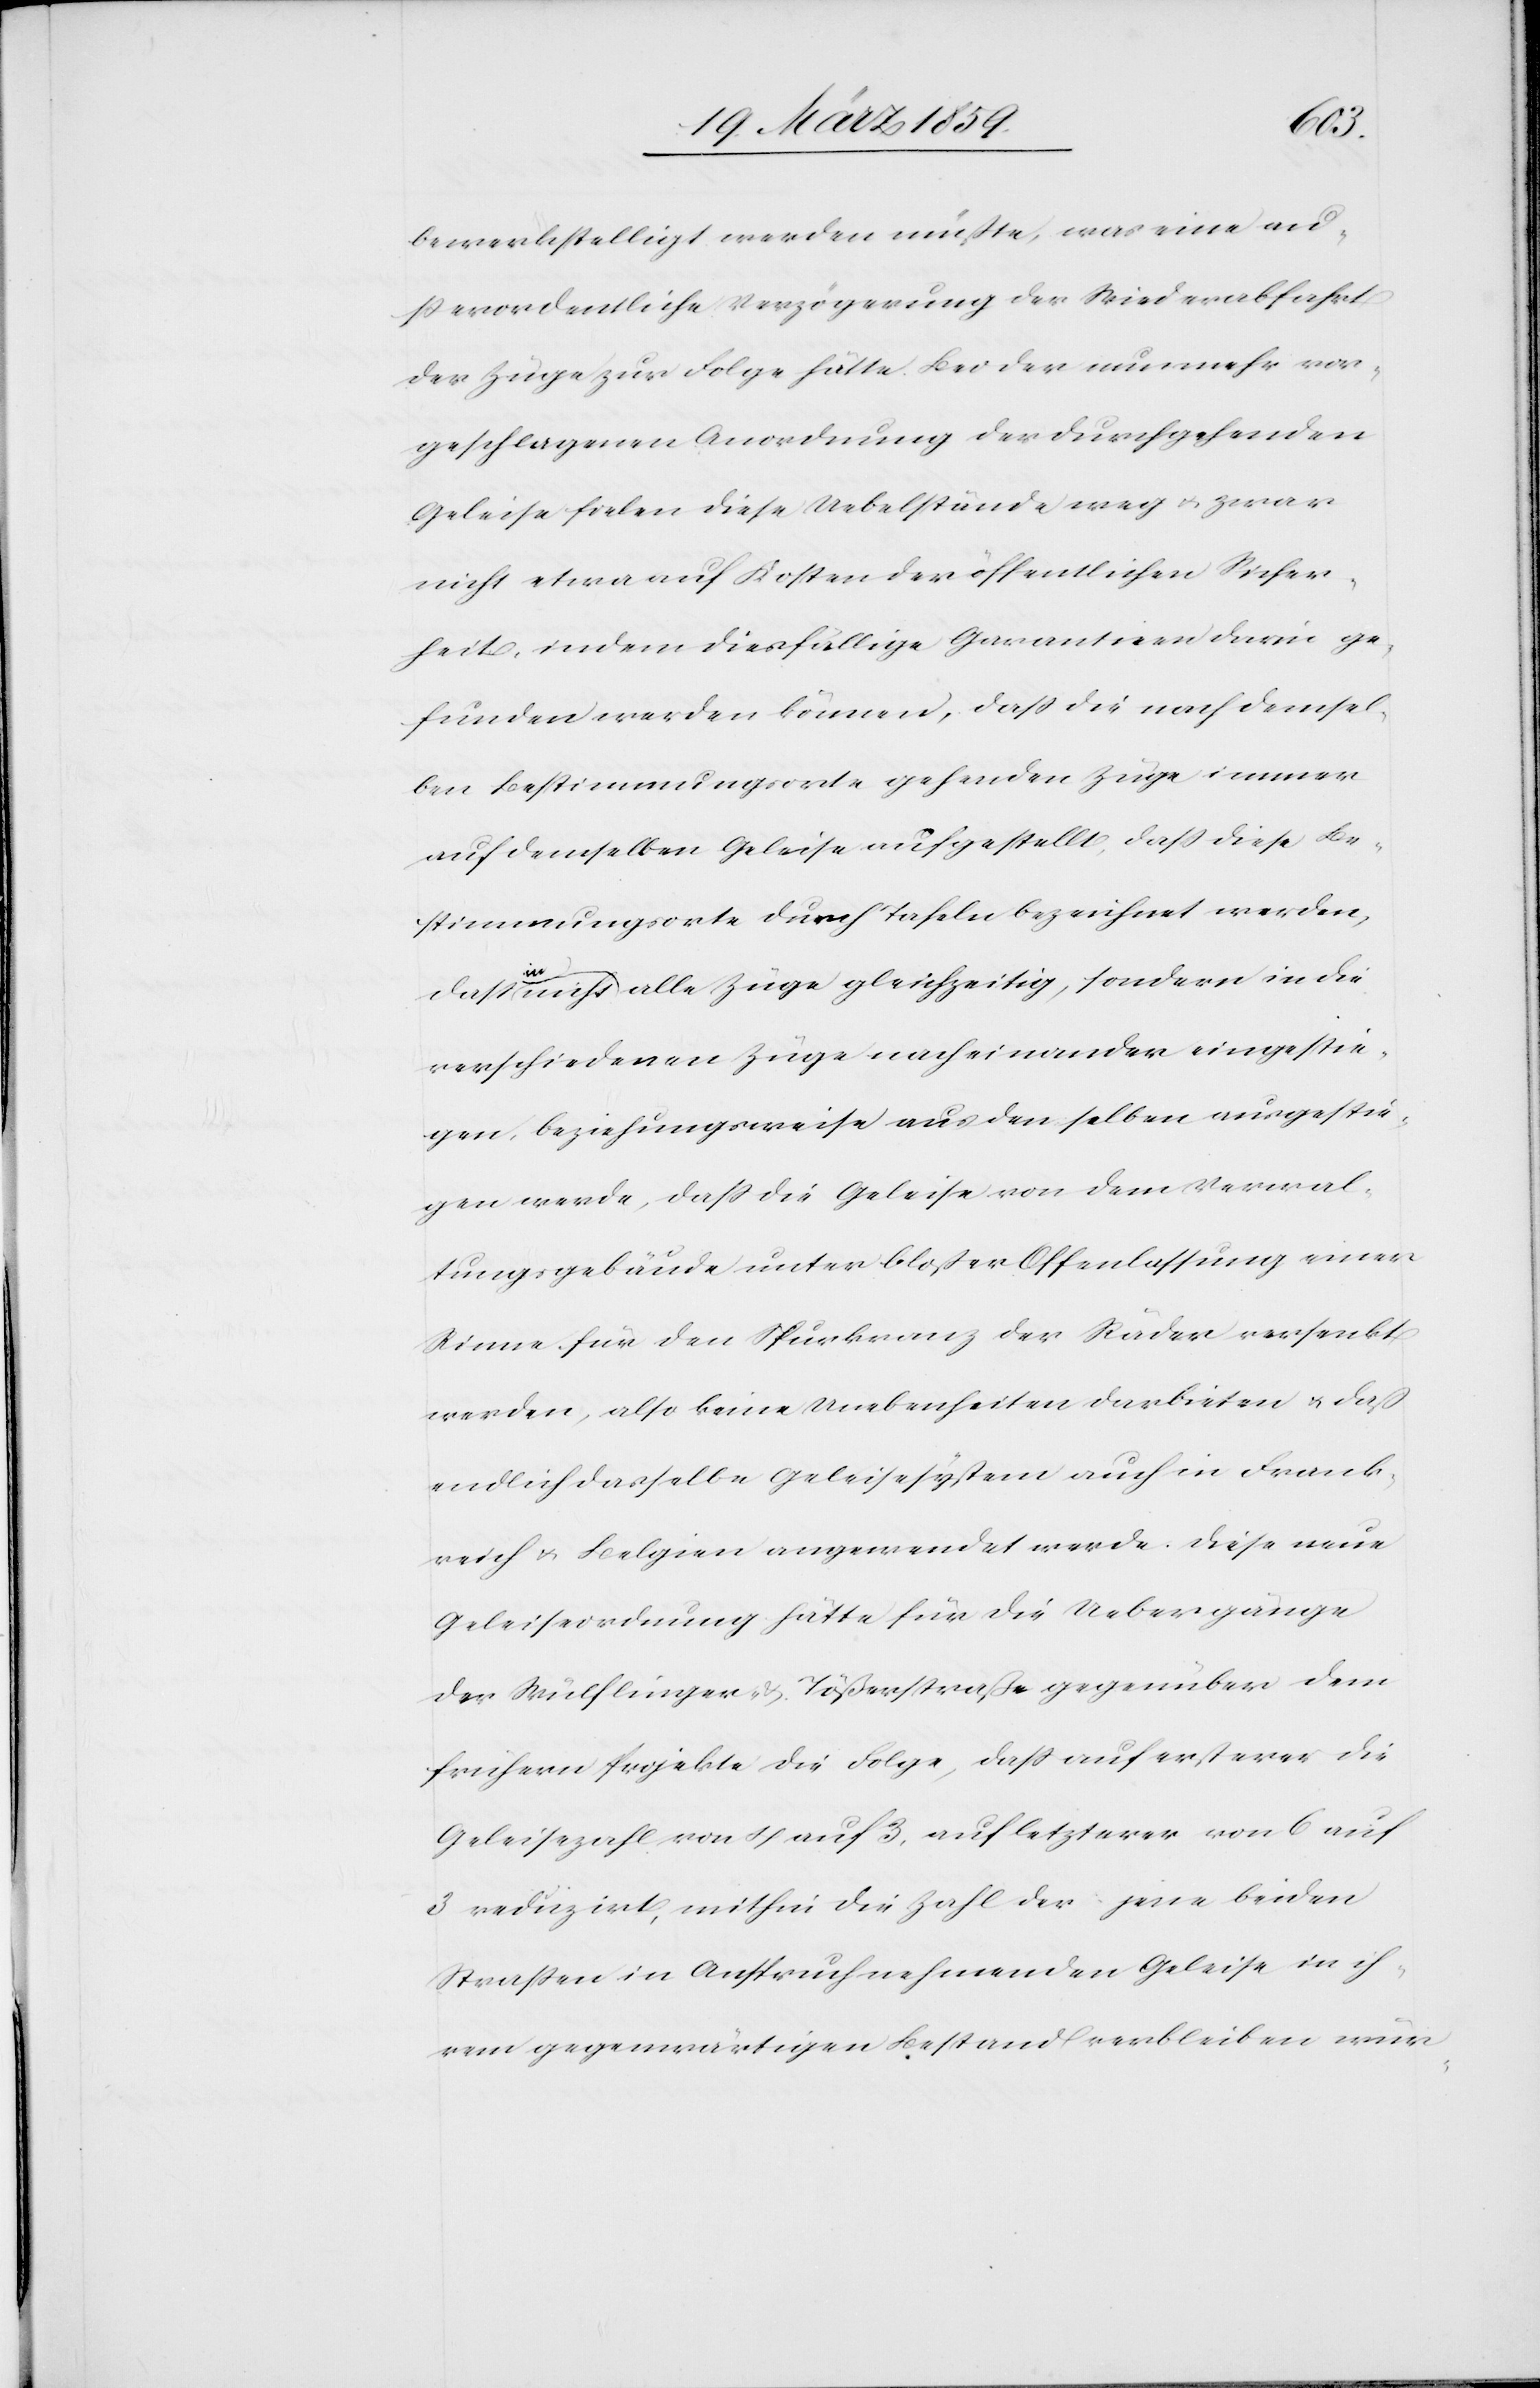
bewerkstelligt werden müßte, was eine au¬
ßerordentliche Verzögerung der Wiederabfahrt
der Züge zur Folge hätte. Bei der nunmehr vor¬
geschlagenen Anordnung der durchgehenden
Geleise fielen diese Uebelstände weg u. zwar
nicht etwa auf Kosten der öffentlichen Sicher¬
heit, indem diesfällige Garantien darin ge¬
funden werden können, daß die nach demsel¬
ben Bestimmungsorte gehenden Züge immer
auf demselben Geleise aufgestellt, daß diese Be¬
stimmungsorte durch Tafeln bezeichnet werden,
daß nicht in alle Züge gleichzeitig, sondern in die
verschiedenen Züge nacheinander eingestie¬
gen, beziehungsweise aus den selben ausgestie¬
gen werde, daß die Geleise von dem Verwal¬
tungsgebäude unter bloßer Offenlassung einer
Rinne für den Spurkranz der Räder versenkt
werden, also keine Unebenheiten darbieten u. daß
endlich dasselbe Geleisesystem auch in Frank¬
reich u. Belgien angewendet werde. Diese neue
Geleiseordnung hätte für die Uebergänge
der Wülflinger- & Tößerstraße gegenüber dem
frühern Projekte die Folge, daß auf ersterer die
Geleisezahl von 4 auf 3, auf letzterer von 6 auf
3 reduzirt, mithin die Zahl der jene beiden
Straßen in Anspruch nehmenden Geleise in ih¬
rem gegenwärtigen Bestand verbleiben wür-